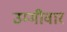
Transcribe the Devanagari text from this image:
उम्मीवार